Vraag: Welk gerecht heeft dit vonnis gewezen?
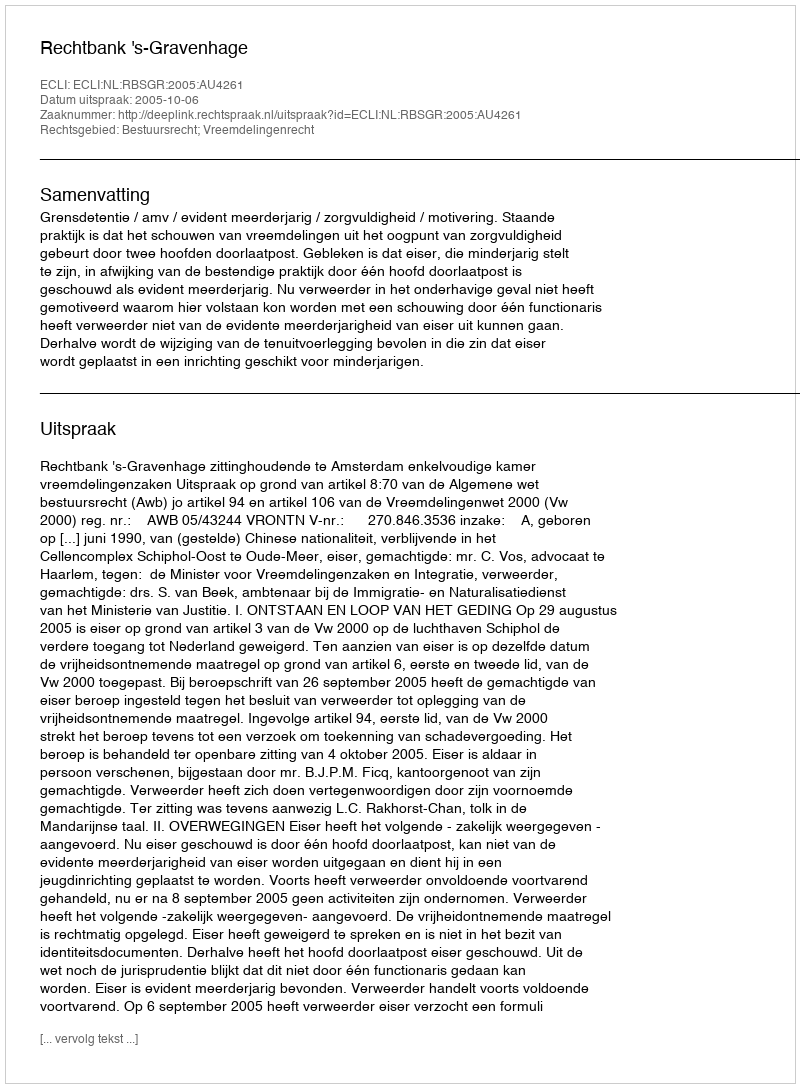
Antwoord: Rechtbank 's-Gravenhage